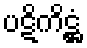
ပဋိကိဋ္ဌံ